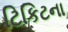
ટિકિટના